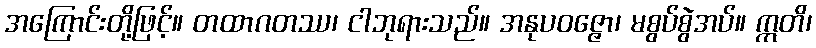
အကြောင်းတို့ဖြင့်။ တထာဂတဿ၊ ငါဘုရားသည်။ အနုပဝဇ္ဇော၊ မစွပ်စွဲအပ်။ ဣတိ၊